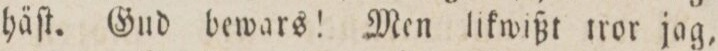
häſt. Gud bewars! Men likwißt tror jag,